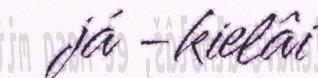
já -kielâi